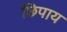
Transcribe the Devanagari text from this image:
छिपाय